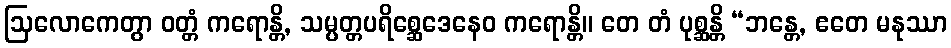
ဩလောကေတွာ ဝတ္တံ ကရောန္တိ, သမ္ပတ္တပရိစ္ဆေဒေနေဝ ကရောန္တိ။ တေ တံ ပုစ္ဆန္တိ “ဘန္တေ, ဧတေ မနုဿာ